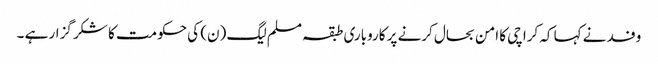
وفد نے کہا کہ کراچی کا امن بحال کرنے پر کاروباری طبقہ مسلم لیگ (ن) کی حکومت کا شکر گزار ہے ۔